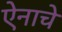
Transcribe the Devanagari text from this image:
ऐनाचे